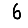
Digit: 6